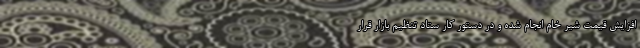
افزایش قیمت شیر خام انجام شده و در دستور کار ستاد تنظیم بازار قرار